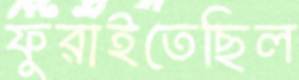
ফুরাইতেছিল